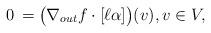
LaTeX: \begin{align*}0\,=\big(\nabla_{out}f\cdot [\ell\alpha]\big)(v), v\in V,\end{align*}